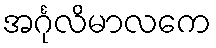
အင်္ဂုလိမာလကေ